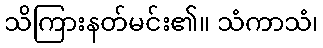
သိကြားနတ်မင်း၏။ သံကာသံ၊